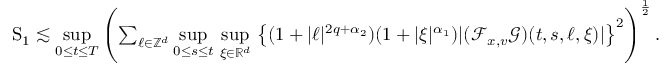
\begin{array} { r } { \mathrm { S } _ { 1 } \lesssim \underset { 0 \leq t \leq T } { \operatorname* { s u p } } \left( \sum _ { \ell \in \mathbb Z ^ { d } } \underset { 0 \leq s \leq t } { \operatorname* { s u p } } \ \underset { \xi \in \mathbb R ^ { d } } { \operatorname* { s u p } } \, \left\lbrace ( 1 + \vert \ell \vert ^ { 2 q + \alpha _ { 2 } } ) ( 1 + \vert \xi \vert ^ { \alpha _ { 1 } } ) \vert ( \mathcal { F } _ { x , v } \mathcal { G } ) ( t , s , \ell , \xi ) \vert \right\rbrace ^ { 2 } \right) ^ { \frac { 1 } { 2 } } . } \end{array}